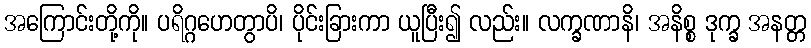
အကြောင်းတို့ကို။ ပရိဂ္ဂဟေတွာပိ၊ ပိုင်းခြားကာ ယူပြီး၍ လည်း။ လက္ခဏာနိ၊ အနိစ္စ ဒုက္ခ အနတ္တ